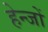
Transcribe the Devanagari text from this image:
हेन्जों